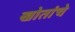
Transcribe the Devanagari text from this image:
खोतांचे